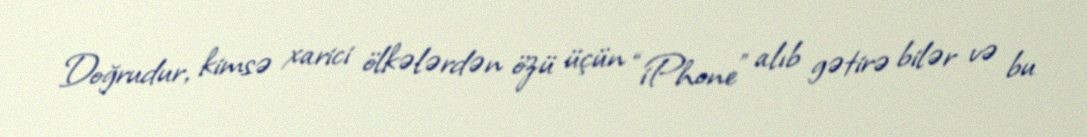
Doğrudur, kimsə xarici ölkələrdən özü üçün “iPhone” alıb gətirə bilər və bu